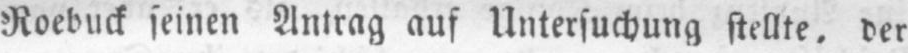
Roebuck seinen Antrag auf Untersuchung stellte, der